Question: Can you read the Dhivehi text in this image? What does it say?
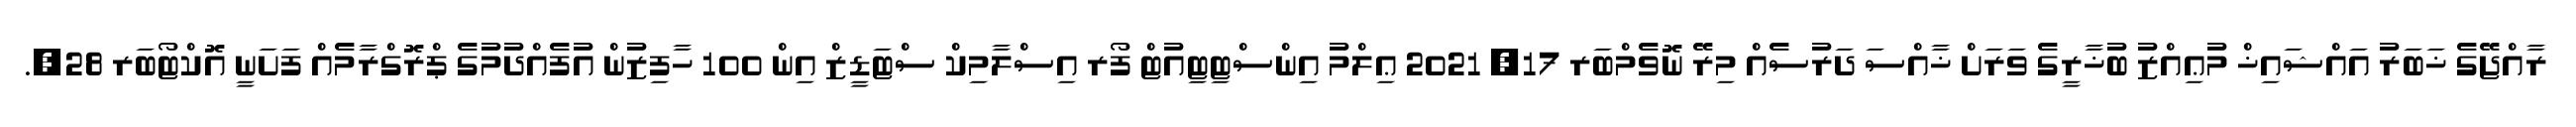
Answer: ރާއްޖޭގެ ޚަބަރު އައްޝައިޚް މުޢިއްޒު ބުޚާރީގެ ވަރަށް ޚާއްސަ ދަރުސެއް މިރޭ ނޮވެމްބަރ 17, 2021 ޢިލްމު އިންސްޓިޓިއުޓް ފޯރ އިސްލާމިކް ސްޓަޑީޒް އިން 100 ހާފިޒުން އުފެއްދުމުގެ ޕްރޮގްރާމެއް ފަށަނީ އޮކްޓޯބަރ 28,.